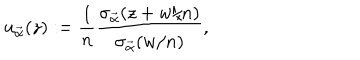
u _ { \vec { \alpha } } ( z ) : = \frac { 1 } { n } \frac { \sigma _ { \vec { \alpha } } ( z + w / n ) } { \sigma _ { \vec { \alpha } } ( w / n ) } ,